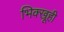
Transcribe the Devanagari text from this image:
भिक्खूही